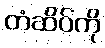
တံဆိပ်ကို